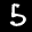
Label: 5